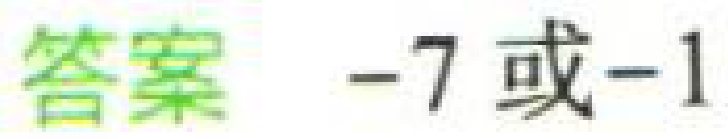
答案 -7 或-1